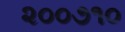
૨૦૦૭૧૦